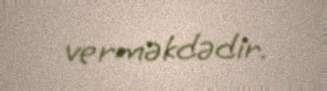
verməkdədir.